Statistical return of the lunatic asylum in Assam - 1912-1932
Year: 1912
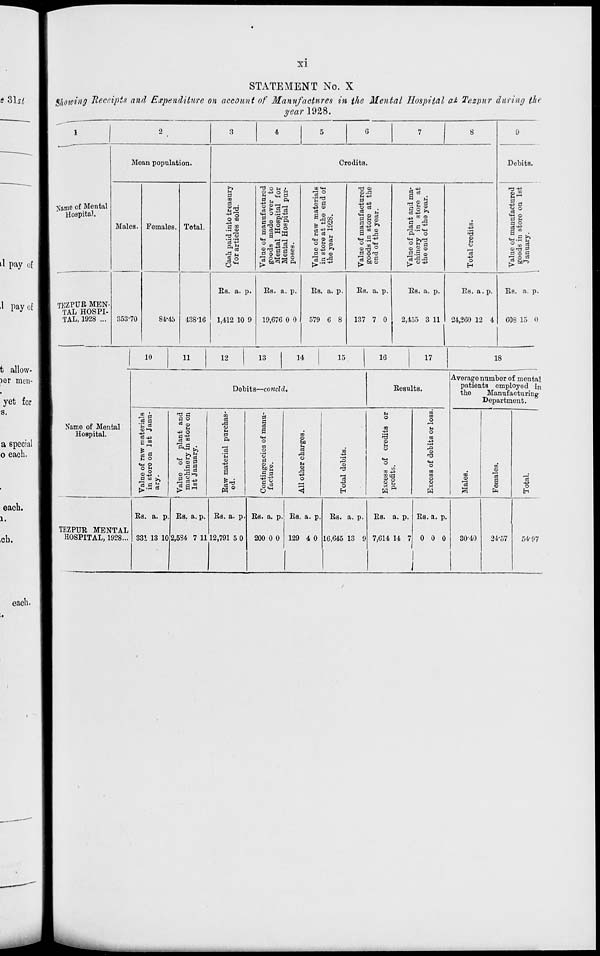
XI
STATEMENT No. X
Showing Receipts and Expenditure on account of Manufactures in the Mental Hospital at Tazpnr daring the
year 1928.
1
2
3
4
5
6
7
8
9
Mean population.
Credits.
Debits.
fame of Mental
Hospital.
Males. Females. Total.
H
fl
CD
C3
O to
4a
•9 o
a'x
II
"9 o H !,
2^,23
pi
P.-2
a a B w
a a «a
O m e8 c3 •
2^3 PI fl GJ
P o © 8 2
r; OWHO
1* bo=i3 a
IO «M
"3 °
O M
+3 CD
c8
a CD •
J-l «
° o P
d to o
"3 «£
H3 CD
CD rd
U 4^
!«
CJ eel .
•a g 1
2 to CD
0 "O'S
CD^J
a 013
^ O d
111
*> ■ s
0 3
Pi* 0
° S «
CD 2 CD
l> "-t 3
to
CD
<a
'3 -*^
O
H
"3 ■♦=
II
2^ s
dog
TEZPUB MEN-
TAL HOSPI-
TAL, 1928 ...
35370
84-45
438-16
E.s. a. p.
1,412 10 9
Es. a. p.
19,676 0 0
Es. a. p.
579 6 8
Es. a. p.
137 7 0
Es. a. p.
2,455 3 11
Es. a. p.
24,260 12 4
Es. a. p.
608 15 0
i 10 11 12 13 14
15
16
17
18
Debits—concld.
Eesults.
Average number of mental
patients omployed in
the
Manufacturing
Department.
Name of Mental
Hospital.
-*>
w r-i
h u o
°s
CD.2 .
J2 B >>
a c S
T3 H
a o
e3 ©
M
-P o
B H?
| <°
o CD 5
si*
•5 ci-£
to
el
,3 o H
S
'S o
a
h a
1
•H
O
m
o
'ej
£=2
m
o
to
>-.
es
rd
CD
M
CD
■+=>
O
<
to
CO
13
*a
o
u
0
to
^3
CD
h
CD
•H
O
CS {rl
to
to
O
H
O
to
CD
>T3
<M
0
ID
ID
CD
a
H
to*
0
'3
to
CD
a
"c5
0
TEZPUR MENTAL
HOSPITAL, 1928...
Es. a. p
33! 13 10
Es. a. p.
2,5S4 7 11
Es. a. p.
12,791 5 0
Es. a. p.
200 0 0
Es. a. p.
129 4 0
Es. a. p.
16,645 13 9
Es. a. p.
7,614 14 7
Es. a. p.
0 0 0
3040
24-57
54-97